Medical and sanitary report on the native army of Bombay for the year
Year: 1879
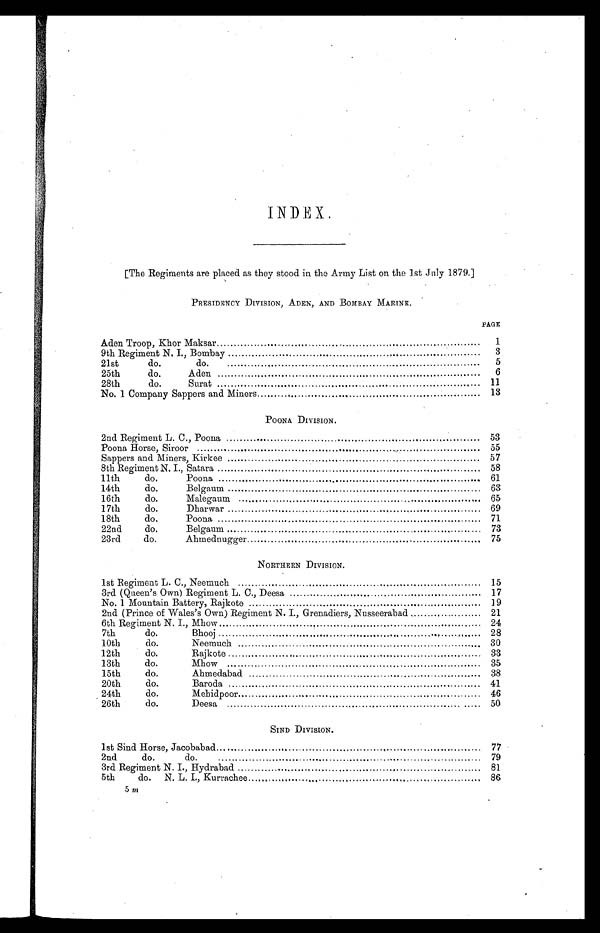
INDEX.
[The Regiments are placed as they stood in the Army List on the lst July 1879.]
PRESIDENCY DIVISION, ADEN, AND BOMBAY MARINE.
PAGE
Aden Troop, Khor Maksar
...
1
9th Regiment N. I., Bombay
3
21st do. do.
5
25th do. Aden
6
28th do. Surat
11
No. 1 Company Sappers and Miners
13
POONA DIVISION.
2nd Regiment L. C., Poona
53
Poona Horse, Siroor
.
.
55
Sappers and Miners, Kirkee
57
8th Regiment N. I., Satara
58
11th do. Poona
61
14th do. Belgaum
63
16th do.Malegaum
65
17th do. Dharwar
69
18th do. Poona
71
22nd do.Belgaum..
.
73
23rd do. Ahmednugger
75
NORTHERN DIVISION.
1st Regiment L. C., Neemuch
15
3rd (Queen's Own) Regiment L. C., Deesa
17
No. 1 Mountain Battery, Rajkote .....
19
2nd (Prince of Wales's Own) Regiment N. I., Grenadiers, Nusseerabad
.
21
6th Regiment N. I., Mhow
24
7th do. Bhooj
..
28
10th
do.
Neemuch
30
12th do. Rajkote
33
13th do. Mhow
35
15th do. Ahmedabad
38
20th do. Baroda
41
24th do. Mehidpoor
46
26th do. Deesa
50
SIND DIVISION.
1st Sind Horse, Jacobabad...
.
77
2nd
do.
do.
79
3rd Regiment N. I., Hydrabad
81
5th
do. N. L. I., Kurrachee
86
5 m